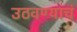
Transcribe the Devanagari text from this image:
उठवण्याचं